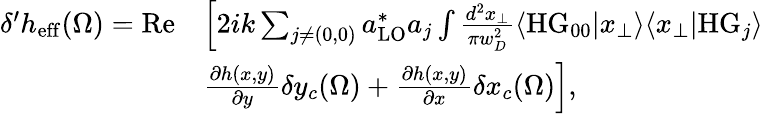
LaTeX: \begin{array}{rl}{\delta^{\prime}h_{\mathrm{eff}}(\Omega)=\mathrm{Re}}&{\left[2ik\sum_{j\neq(0,0)}a_{\mathrm{LO}}^{*}a_{j}\int\frac{d^{2}x_{\perp}}{\pi w_{D}^{2}}\langle\mathrm{HG}_{00}|x_{\perp}\rangle\langle x_{\perp}|\mathrm{HG}_{j}\rangle\right.}\\ &{\left.\frac{\partial h(x,y)}{\partial y}\delta y_{c}(\Omega)+\frac{\partial h(x,y)}{\partial x}\delta x_{c}(\Omega)\right],}\end{array}